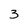
Character: 3